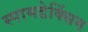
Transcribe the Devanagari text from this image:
स्पामडेक्सिंग